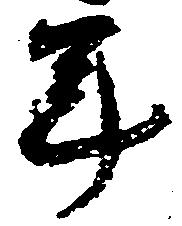
年